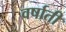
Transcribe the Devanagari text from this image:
वर्षाती